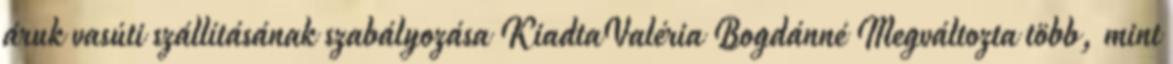
áruk vasúti szállításának szabályozása KiadtaValéria Bogdánné Megváltozta több, mint